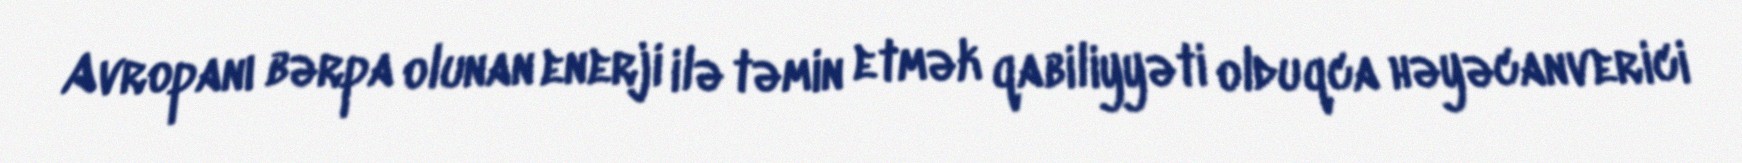
Avropanı bərpa olunan enerji ilə təmin etmək qabiliyyəti olduqca həyəcanverici